Report by Surgeon-Captain Childe, I.M.S. - Part II
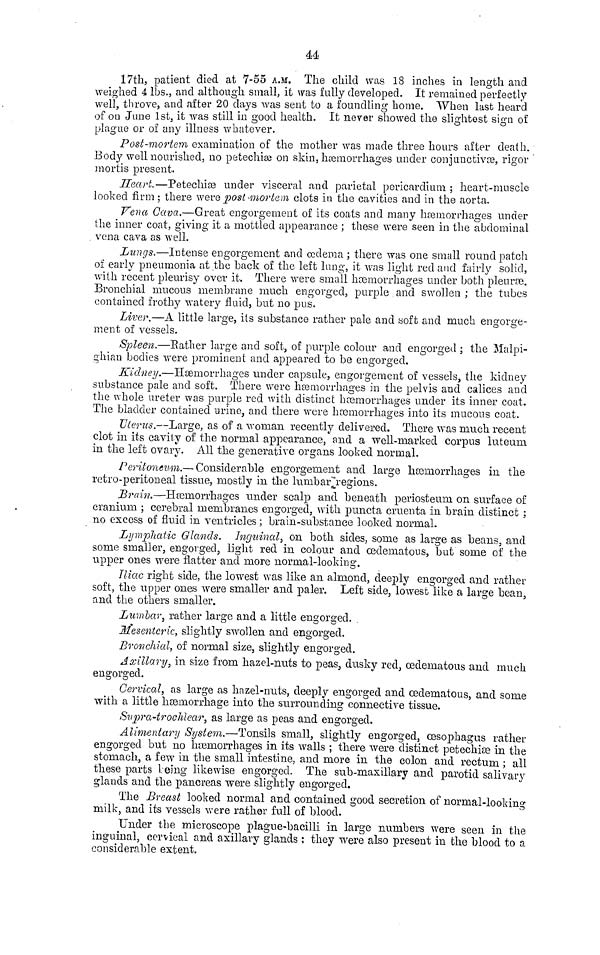
44
17th, patient died at 7-55 A.M. The child was 18 inches in length and
weighed 4 lbs., and although small, it was fully developed. It remained perfectly
well, throve, and after 20 days was sent to a foundling home. When last heard
of ou June 1st, it was still in good health. It never showed the slightest sign of
plague or of any illness whatever.
0Post-mortem examination of the mother was made three hours after death.
Body well nourished, no petechiae on skin, haemorrhages under conjunctivae, rigor
mortis present.
Heart—Petechiae under visceral and parietal pericardium ; heart-muscle
looked firm ; there were post-mortem clots in the cavities and in the aorta.
Vena Gava.—Great engorgement of its coats and many haemorrhages under
the inner coat, giving it a mottled appearance ; these were seen in the abdominal
vena cava as well.
Lungs.—Intense engorgement and oedema ; there was one small round patch
of early pneumonia at the back of the left lung, it was light red and fairly solid,
with recent pleurisy over it. There were small haemorrhages under both pleurae.
Bronchial mucous membrane much engorged, purple and swollen ; the tubes
contained frothy watery fluid, but no pus.
Liver.—A little large, its substance rather pale and soft and much engorge-
ment of vessels.
Spleen.—Eatlier large and soft, of purple colour and engorged ; the Malpi-
ghian bodies were prominent and appeared to be engorged.
Kidney.—Haemorrhages under capsule, engorgement of vessels, the kidney
substance pale and soft. There were haemorrhages in the pelvis and calices and
the whole ureter was purple red with distinct haemorrhages under its inner coat.
The bladder contained urine, and there were haemorrhages into its mucous coat.
Uterus.—Large, as of a woman recently delivered. There was much recent
clot in its cavity of the normal appearance, and a well-marked corpus luteum
in the left ovary. All the generative organs looked normal.
Peritoneum.— Considerable engorgement and large haemorrhages in the
retro-peritoneal tissue, mostly in the lumbarjregions.
Brain.—Haemorrhages under scalp and beneath periosteum on surface of
cranium ; cerebral membranes engorged, with puncta cruenta in brain distinct :
no excess of fluid in ventricles ; brain-substance looked normal.
Lymphatic Glands. Inguinal, on both sides, some as large as beans, and
some smaller, engorged, light red in colour and cedematous, but some of the
upper ones were flatter and more normal-looking.
Iliac right side, the lowest was like an almond, deeply engorged and rather
soft, the upper ones were smaller and paler. Left side, lowest like a large bean,
and the others smaller.
Lumbar, rather large and a little engorged.
Mesentcric, slightly swollen and engorged.
Bronchial, of normal size, slightly engorged.
Axillary, in size from hazel-nuts to peas, dusky red, oedematous and much
engorged.
Cervical, as large as hazel-nuts, deeply engorged and oedematous, and some
with a little haemorrhage into the surrounding connective tissue.
Supra-trochlear, as large as peas and engorged.
Alimentary System.—Tonsils small, slightly engorged, oesophagus rather
engorged but no haemorrhages in its walls ; there were distinct petechiae in the
stomach, a few in the small intestine, and more in the colon and rectum ; all
these parts being likewise engorged. The sub-maxillary and parotid salivary
glands and the pancreas were slightly engorged.
The Breast looked normal and contained good secretion of normal-looking
milk, and its vessels were rather full of blood.
Under the microscope plague-bacilli in large numbers were seen in the
inguinal, cervical and axillary glands : they were also present in the blood to a
considerable extent.